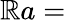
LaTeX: \mathbb{R}a=